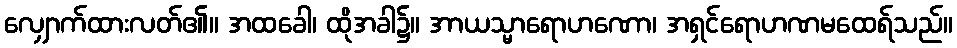
လျှောက်ထားလတ်၏။ အထခေါ၊ ထိုအခါ၌။ အာယသ္မာရောဟဏော၊ အရှင်ရောဟဏမထေရ်သည်။